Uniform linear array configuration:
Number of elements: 64
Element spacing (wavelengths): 0.5
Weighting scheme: binomial
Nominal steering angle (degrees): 15
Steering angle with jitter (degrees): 15.296
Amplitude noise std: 0.05
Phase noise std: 0.05

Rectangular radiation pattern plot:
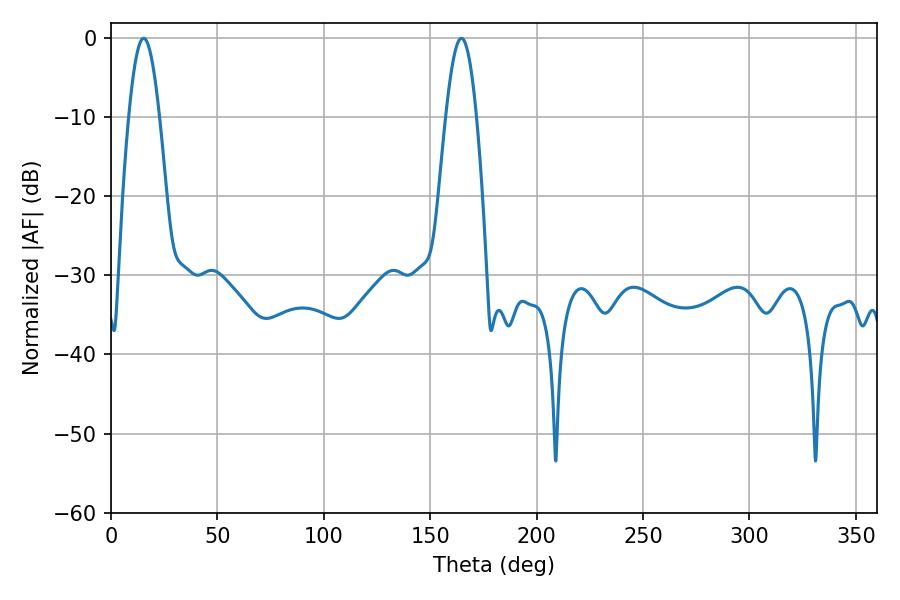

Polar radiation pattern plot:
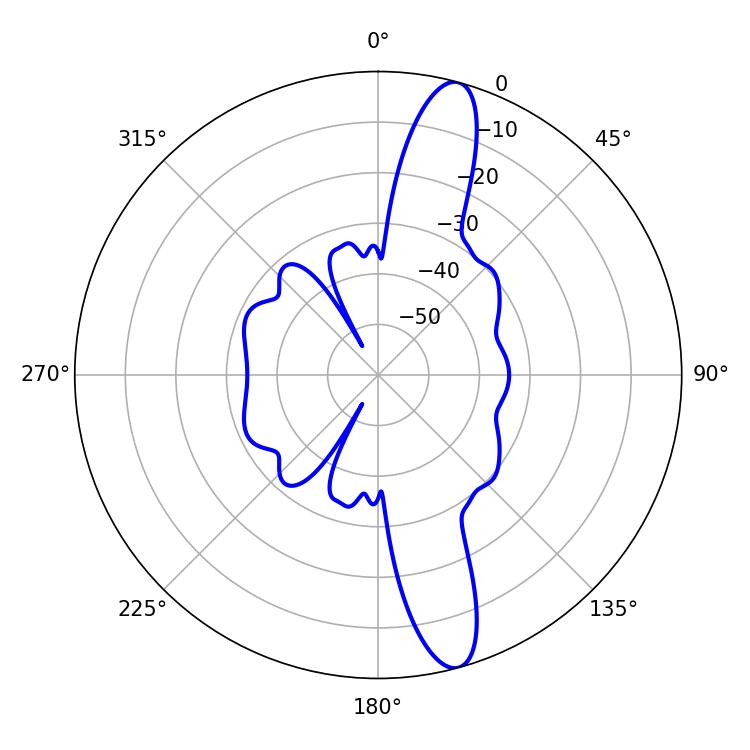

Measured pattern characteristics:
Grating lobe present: FALSE
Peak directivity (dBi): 14.02
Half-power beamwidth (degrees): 7.74
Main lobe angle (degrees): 15.3